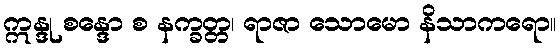
ဣန္ဒု စန္ဒော စ နက္ခတ္တ၊ ရာဇာ သောမော နိသာကရော။